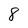
Character: 8